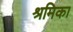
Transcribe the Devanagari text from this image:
श्रमिका